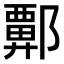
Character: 𫑬